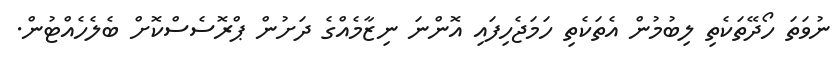
ނުވަތަ ހޯދޭތަކެތި ލިބުމުން އެތަކެތި ހަމަޖެހިފައި އޮންނަ ނިޒާމެއްގެ ދަށުން ޕްރޮސެސްކޮށް ބެލެހެއްޓުން.